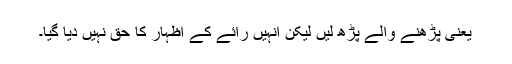
یعنی پڑھنے والے پڑھ لیں لیکن انہیں رائے کے اظہار کا حق نہیں دیا گیا۔